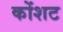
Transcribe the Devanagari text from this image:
कोंशट